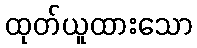
ထုတ်ယူထားသော